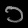
Digit: ၁